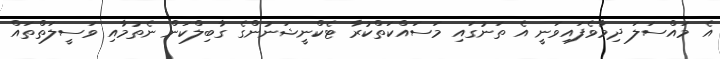
އެ މައްސަލަ ދިމާވެފައިވަނީ އެ ތަނުގައި މަސައްކަތްކުރާ ޓެކްނީޝަނުންގެ ގާބިލްކަން ނެތުމާއި ވަސީލަތްތައް